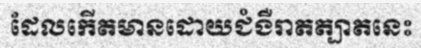
ដែលកើតមានដោយជំងឺរាតត្បាតនេះ